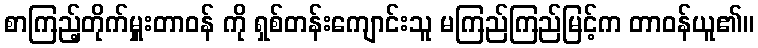
စာကြည့်တိုက်မှူးတာဝန် ကို ရှစ်တန်းကျောင်းသူ မကြည်ကြည်မြင့်က တာဝန်ယူ၏။